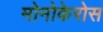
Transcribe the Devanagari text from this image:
मोनोकेरोस